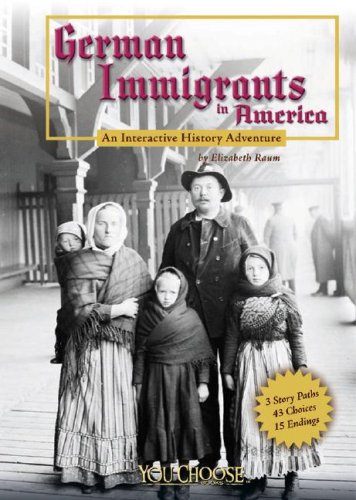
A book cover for German Immigrants in America: An Interactive History Adventure (You Choose: History); Elizabeth Raum; Children's Books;